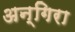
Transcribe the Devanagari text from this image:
अन्गिरा